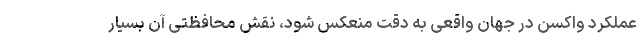
عملکرد واکسن در جهان واقعی به دقت منعکس شود، نقش محافظتی آن بسیار